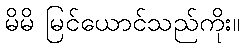
မိမိ မြင်ယောင်သည်ကိုး။